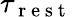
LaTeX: \tau_{\mathrm{~r~e~s~t~}}